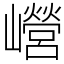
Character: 巆